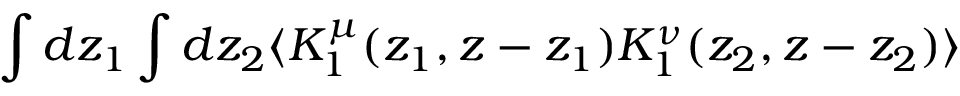
\int d z _ { 1 } \int d z _ { 2 } \langle K _ { 1 } ^ { \mu } ( z _ { 1 } , z - z _ { 1 } ) K _ { 1 } ^ { \nu } ( z _ { 2 } , z - z _ { 2 } ) \rangle